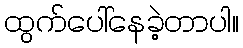
ထွက်ပေါ်နေခဲ့တာပါ။